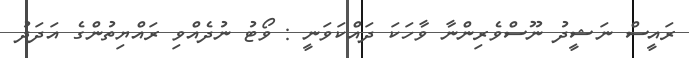
ރައީސް ނަޝީދު ނޫސްވެެރިންނާ ވާހަކަ ދައްކަވަނީ : ވޯޓު ނުދެއްވި ރައްޔިތުންގެ އަދަދު